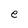
Character: e